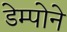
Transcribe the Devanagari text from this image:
डेम्पोने